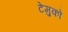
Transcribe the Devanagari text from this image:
टेमुको